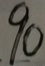
9 0